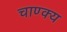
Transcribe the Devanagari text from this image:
चाण्क्य